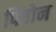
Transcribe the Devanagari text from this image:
पितोन